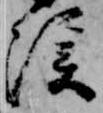
渓